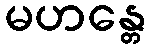
မဟန္တေ